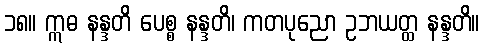
၁၈။ ဣဓ နန္ဒတိ ပေစ္စ နန္ဒတိ၊ ကတပုညော ဥဘယတ္ထ နန္ဒတိ။